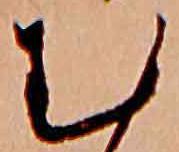
む